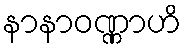
နာနာဝဏ္ဏာဟိ